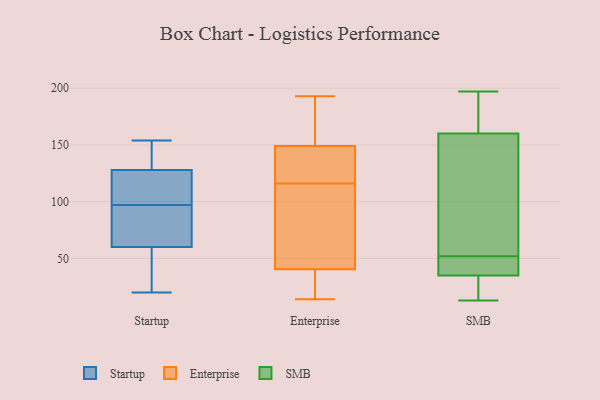
{"axis": {"x": "Latency (ms)", "y": "Value"}, "legend": ["Enterprise", "SMB", "Startup"], "data": [{"x": "", "y": 49, "type": "Startup"}, {"x": "", "y": 71, "type": "Startup"}, {"x": "", "y": 88, "type": "Startup"}, {"x": "", "y": 33, "type": "Startup"}, {"x": "", "y": 20, "type": "Startup"}, {"x": "", "y": 80, "type": "Startup"}, {"x": "", "y": 129, "type": "Startup"}, {"x": "", "y": 154, "type": "Startup"}, {"x": "", "y": 135, "type": "Startup"}, {"x": "", "y": 106, "type": "Startup"}, {"x": "", "y": 109, "type": "Startup"}, {"x": "", "y": 127, "type": "Startup"}, {"x": "", "y": 19, "type": "Enterprise"}, {"x": "", "y": 178, "type": "Enterprise"}, {"x": "", "y": 144, "type": "Enterprise"}, {"x": "", "y": 132, "type": "Enterprise"}, {"x": "", "y": 34, "type": "Enterprise"}, {"x": "", "y": 121, "type": "Enterprise"}, {"x": "", "y": 193, "type": "Enterprise"}, {"x": "", "y": 178, "type": "Enterprise"}, {"x": "", "y": 148, "type": "Enterprise"}, {"x": "", "y": 150, "type": "Enterprise"}, {"x": "", "y": 110, "type": "Enterprise"}, {"x": "", "y": 14, "type": "Enterprise"}, {"x": "", "y": 104, "type": "Enterprise"}, {"x": "", "y": 40, "type": "Enterprise"}, {"x": "", "y": 41, "type": "Enterprise"}, {"x": "", "y": 111, "type": "Enterprise"}, {"x": "", "y": 21, "type": "SMB"}, {"x": "", "y": 39, "type": "SMB"}, {"x": "", "y": 123, "type": "SMB"}, {"x": "", "y": 189, "type": "SMB"}, {"x": "", "y": 181, "type": "SMB"}, {"x": "", "y": 44, "type": "SMB"}, {"x": "", "y": 35, "type": "SMB"}, {"x": "", "y": 85, "type": "SMB"}, {"x": "", "y": 59, "type": "SMB"}, {"x": "", "y": 197, "type": "SMB"}, {"x": "", "y": 33, "type": "SMB"}, {"x": "", "y": 167, "type": "SMB"}, {"x": "", "y": 13, "type": "SMB"}, {"x": "", "y": 151, "type": "SMB"}, {"x": "", "y": 160, "type": "SMB"}, {"x": "", "y": 36, "type": "SMB"}, {"x": "", "y": 45, "type": "SMB"}, {"x": "", "y": 18, "type": "SMB"}]}